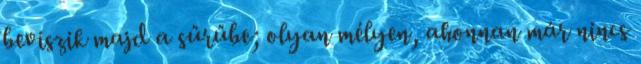
beviszik majd a sűrűbe; olyan mélyen, ahonnan már nincs